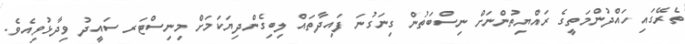
ތެރޭގައި ހައްދުންމަތީގެ ރައްޔިތުންނަށް ނިސްބަތުން ގިނަގުނަ ފައިދާތައް ލިބިގެންދިޔަކަމަށް މިނިސްޓަރ ސައީދު ވިދާޅުވިއެވެ.